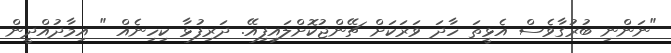
"ނަންނި ބުރުގާވެސް އެޅީތަ ހާދަ ވަރަކަށް ޗޭންޖުކޮށްލައިފިއޭ. ދަރިފުޅާ ކިހިނެއް " އިމާދުއްދީން